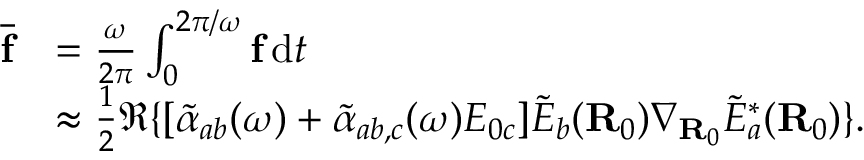
\begin{array} { r l } { \overline { { \mathbf { f } } } } & { = \frac { \omega } { 2 \pi } \int _ { 0 } ^ { 2 \pi / \omega } \mathbf { f } \, \mathrm { d } t } \\ & { \approx \frac { 1 } { 2 } \Re \{ [ \tilde { \alpha } _ { a b } ( \omega ) + \tilde { \alpha } _ { a b , c } ( \omega ) E _ { 0 c } ] \tilde { E } _ { b } ( \mathbf { R } _ { 0 } ) \boldsymbol { \nabla } _ { \mathbf { R } _ { 0 } } \tilde { E } _ { a } ^ { \ast } ( \mathbf { R } _ { 0 } ) \} . } \end{array}